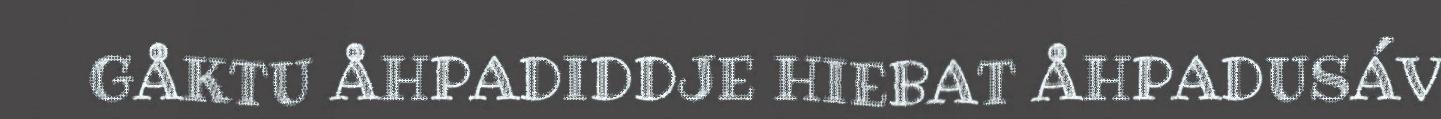
GÅKTU ÅHPADIDDJE HIEBAT ÅHPADUSÁV